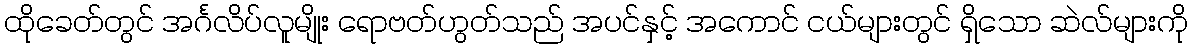
ထိုခေတ်တွင် အင်္ဂလိပ်လူမျိုး ရောဗတ်ဟွတ်သည် အပင်နှင့် အကောင် ငယ်များတွင် ရှိသော ဆဲလ်များကို